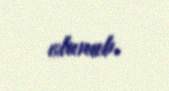
olunub.